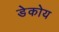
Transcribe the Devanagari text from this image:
डेकोय